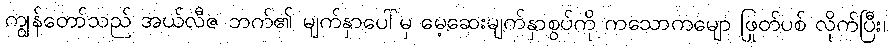
ကျွန်တော်သည် အယ်လီဇ ဘက်၏ မျက်နှာပေါ်မှ မေ့ဆေးမျက်နှာစွပ်ကို ကသောကမျော ဖြုတ်ပစ် လိုက်ပြီး၊